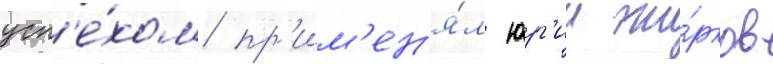
усп'е́хом пр'им'ен'я́л юр'ии жи́рков